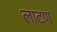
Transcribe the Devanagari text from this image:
लाटण